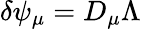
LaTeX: \delta\psi_{\mu}=D_{\mu}\Lambda